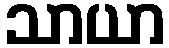
သာယာ